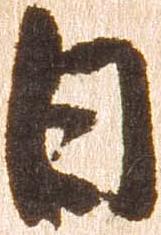
日